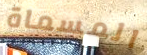
المسماة